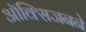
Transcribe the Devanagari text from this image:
ऑक्सिजनने